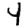
Digit: 4